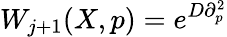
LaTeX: W_{j+1}(X,p)=e^{D\partial_{p}^{2}}